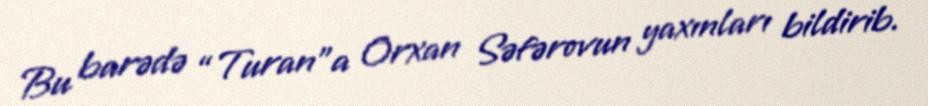
Bu barədə “Turan”a Orxan Səfərovun yaxınları bildirib.